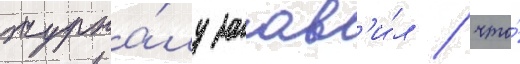
журна́лу заав'и́л / что́